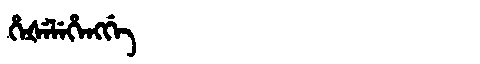
Manchu: ᡥᡝᡧᡝᠯᡝᡥᡝᠩᡤᡝ
Romanization: HEŠELEHENGGE